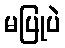
မပြုပဲ